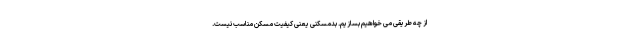
از چه طریقی می خواهیم بسازیم. بدمسکنی یعنی کیفیت مسکن مناسب نیست.